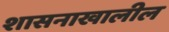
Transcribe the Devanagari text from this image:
शासनाखालील